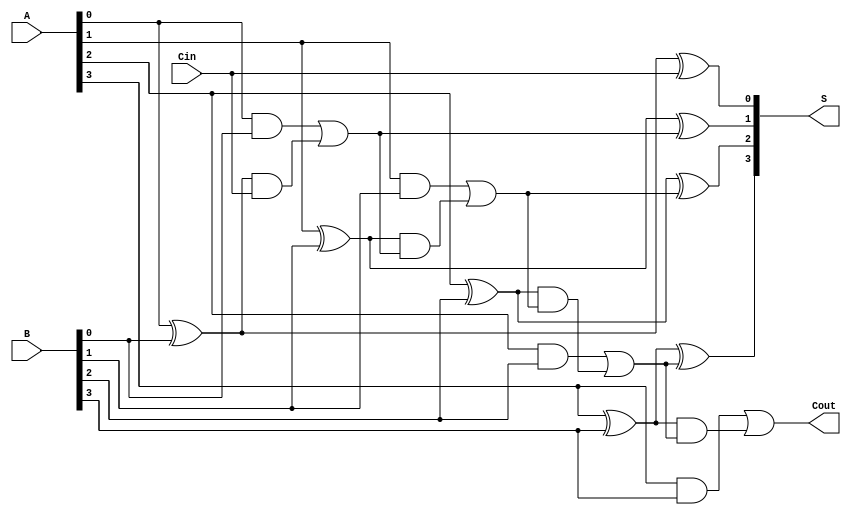
module CILA #(parameter N = 4) (
    input  [N-1:0] A,      // First binary number
    input  [N-1:0] B,      // Second binary number
    input         Cin,      // Carry-in
    output [N-1:0] S,      // Sum output
    output        Cout      // Carry-out
);

    // Intermediate signals for Generate and Propagate
    wire [N-1:0] G; // Generate signals
    wire [N-1:0] P; // Propagate signals
    wire [N:0] C;   // Carry signals

    // Generate and Propagate calculations
    genvar i;
    generate
        for (i = 0; i < N; i = i + 1) begin : gen_prop
            assign G[i] = A[i] & B[i];          // Generate
            assign P[i] = A[i] ^ B[i];          // Propagate
        end
    endgenerate

    // Carry signal calculations
    assign C[0] = Cin; // Initial carry-in
    generate
        for (i = 1; i <= N; i = i + 1) begin : carry_calc
            assign C[i] = G[i-1] | (P[i-1] & C[i-1]); // Carry calculation
        end
    endgenerate

    // Sum calculation
    generate
        for (i = 0; i < N; i = i + 1) begin : sum_calc
            assign S[i] = P[i] ^ C[i]; // Sum calculation
        end
    endgenerate

    // Carry-out
    assign Cout = C[N]; // Final carry-out

endmodule